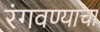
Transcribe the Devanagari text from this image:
रंगवण्याचा